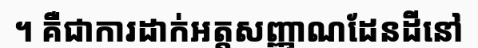
។ គឺជាការដាក់អត្តសញ្ញាណដែនដីនៅ